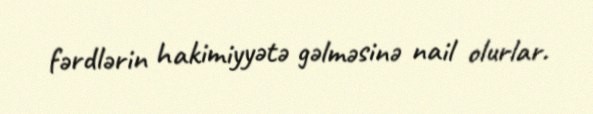
fərdlərin hakimiyyətə gəlməsinə nail olurlar.